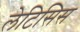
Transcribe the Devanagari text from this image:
लेटिसिस